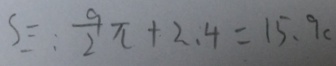
S \equiv : \frac { 9 } { 2 } \pi + 2 . 4 = 1 5 . 9 c